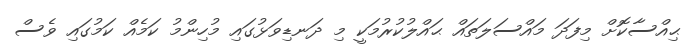
ޙިއްސާކޮށް މިފަދަ މައްސަލަތައް ޙައްލުކުރުމަކީ މި ދަނޑިވަޅުގައި މުހިންމު ކަމެއް ކަމުގައި ވެސް